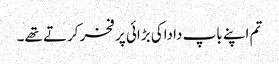
تم اپنے باپ داداکی بڑائی پر فخر کرتے تھے۔